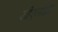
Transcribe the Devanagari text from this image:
डीएलडी